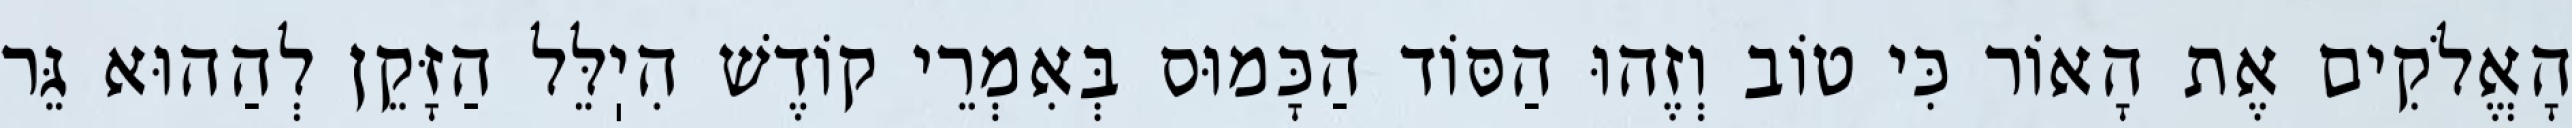
הָאֱלֹקִים אֶת הָאוֹר כִּי טוֹב וְזֶהוּ הַסּוֹד הַכָּמוּס בְּאִמְרֵי קוֹדֶשׁ הִיֽלֵּל הַזָּקֵן לְהַהוּא גֵּר